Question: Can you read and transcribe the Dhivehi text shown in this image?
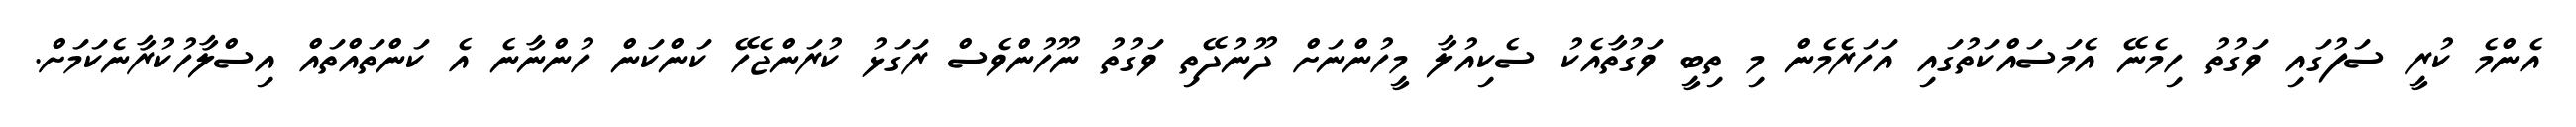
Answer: އެންމެ ކުރީ ސަފުގައި ވަގުތު ހިމެނޭ އެމަސައްކަތުގައި އަހަރެމެން މި ތިބީ ވަގުތާއެކު ސެކިއުލާ މީހުންނަށް ދޫނުދޭތި ވަގުތު ނޫހުންވެސް ރަގަޅު ކުރަންޖެހޭ ކަންކަން ހުންނާނެ އެ ކަންތައްތައް އިސްލާހުކުރާނެކަމަށް.